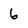
Character: 6